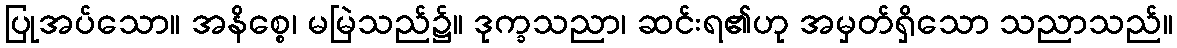
ပြုအပ်သော။ အနိစ္စေ၊ မမြဲသည်၌။ ဒုက္ခသညာ၊ ဆင်းရ၏ဟု အမှတ်ရှိသော သညာသည်။